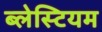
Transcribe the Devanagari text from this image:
ब्लेस्टियम